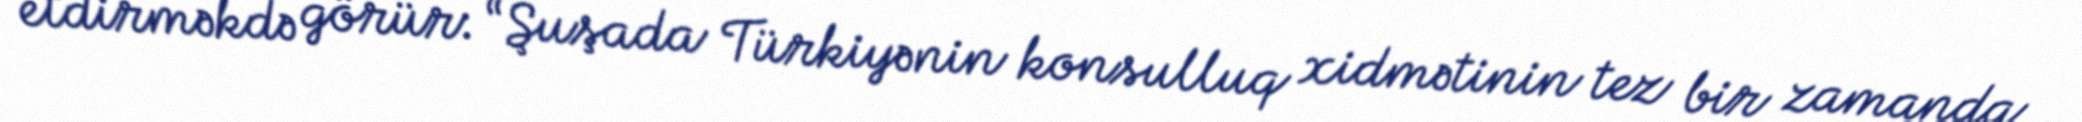
etdirməkdə görür: “Şuşada Türkiyənin konsulluq xidmətinin tez bir zamanda